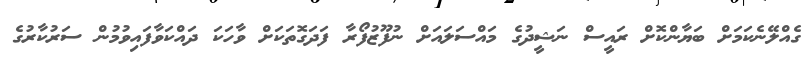
ގެއްލޭނެކަމަށް ބަޔާންކޮށް ރައީސް ނަޝީދުގެ މައްސަލައަށް ނުފޫޒުފޯރާ ފަދަގޮތަކަށް ވާހަކަ ދައްކަވާފައިވުމުން ސަރުކާރުގެ